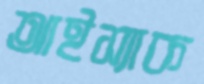
আইস্যাক